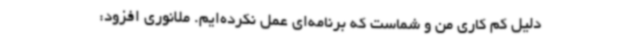
دلیل کم کاری من و شماست که برنامه‌ای عمل نکرده‌ایم. ملانوری افزود: